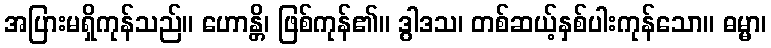
အပြားမရှိကုန်သည်။ ဟောန္တိ၊ ဖြစ်ကုန်၏။ ဒွါဒသ၊ တစ်ဆယ့်နှစ်ပါးကုန်သော။ ဓမ္မာ၊